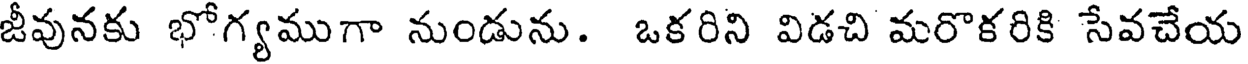
జీవునకు భోగ్యముగా నుండును. ఒకరిని విడచి మరొకరికి సేవచేయ